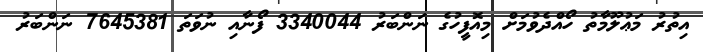
އިތުރު މަޢުލޫމާތު ހޯއްދެވުމަށް މިއޮފީހުގެ ނަންބަރު 3340044 ފޯނާއި ނުވަތަ 7645381 ނަންބަރު